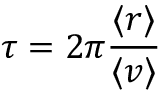
\tau = 2 \pi \frac { \langle r \rangle } { \langle v \rangle }